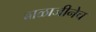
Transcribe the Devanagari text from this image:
बाळाजीनेच